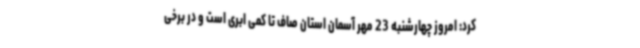
کرد: امروز چهارشنبه 23 مهر آسمان استان صاف تا کمی ابری است و در برخی